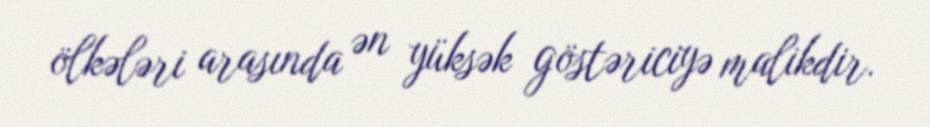
ölkələri arasında ən yüksək göstəriciyə malikdir.